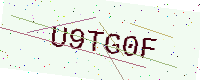
Text: U9TG0F